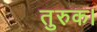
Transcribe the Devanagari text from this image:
तुरुक।